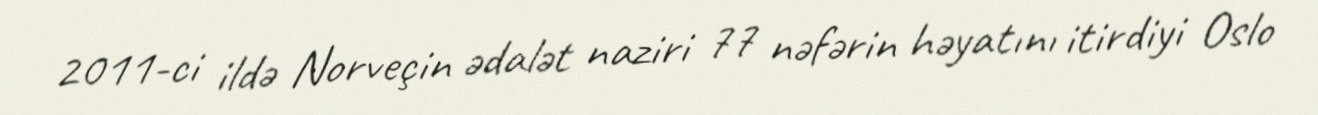
2011-ci ildə Norveçin ədalət naziri 77 nəfərin həyatını itirdiyi Oslo